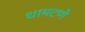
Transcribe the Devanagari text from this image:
धामटणे